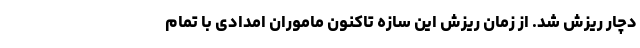
دچار ریزش شد. از زمان ریزش این سازه تاکنون ماموران امدادی با تمام